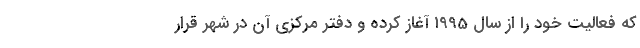
که فعالیت خود را از سال 1995 آغاز کرده و دفتر مرکزی آن در شهر قرار